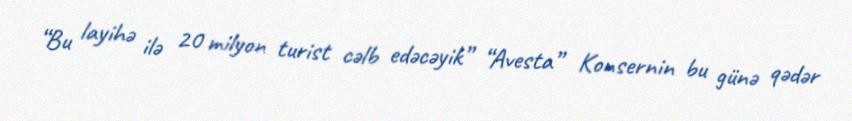
“Bu layihə ilə 20 milyon turist cəlb edəcəyik” “Avesta” Konsernin bu günə qədər